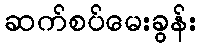
ဆက်စပ်မေးခွန်း